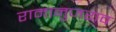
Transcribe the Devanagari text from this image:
रामानुजराव